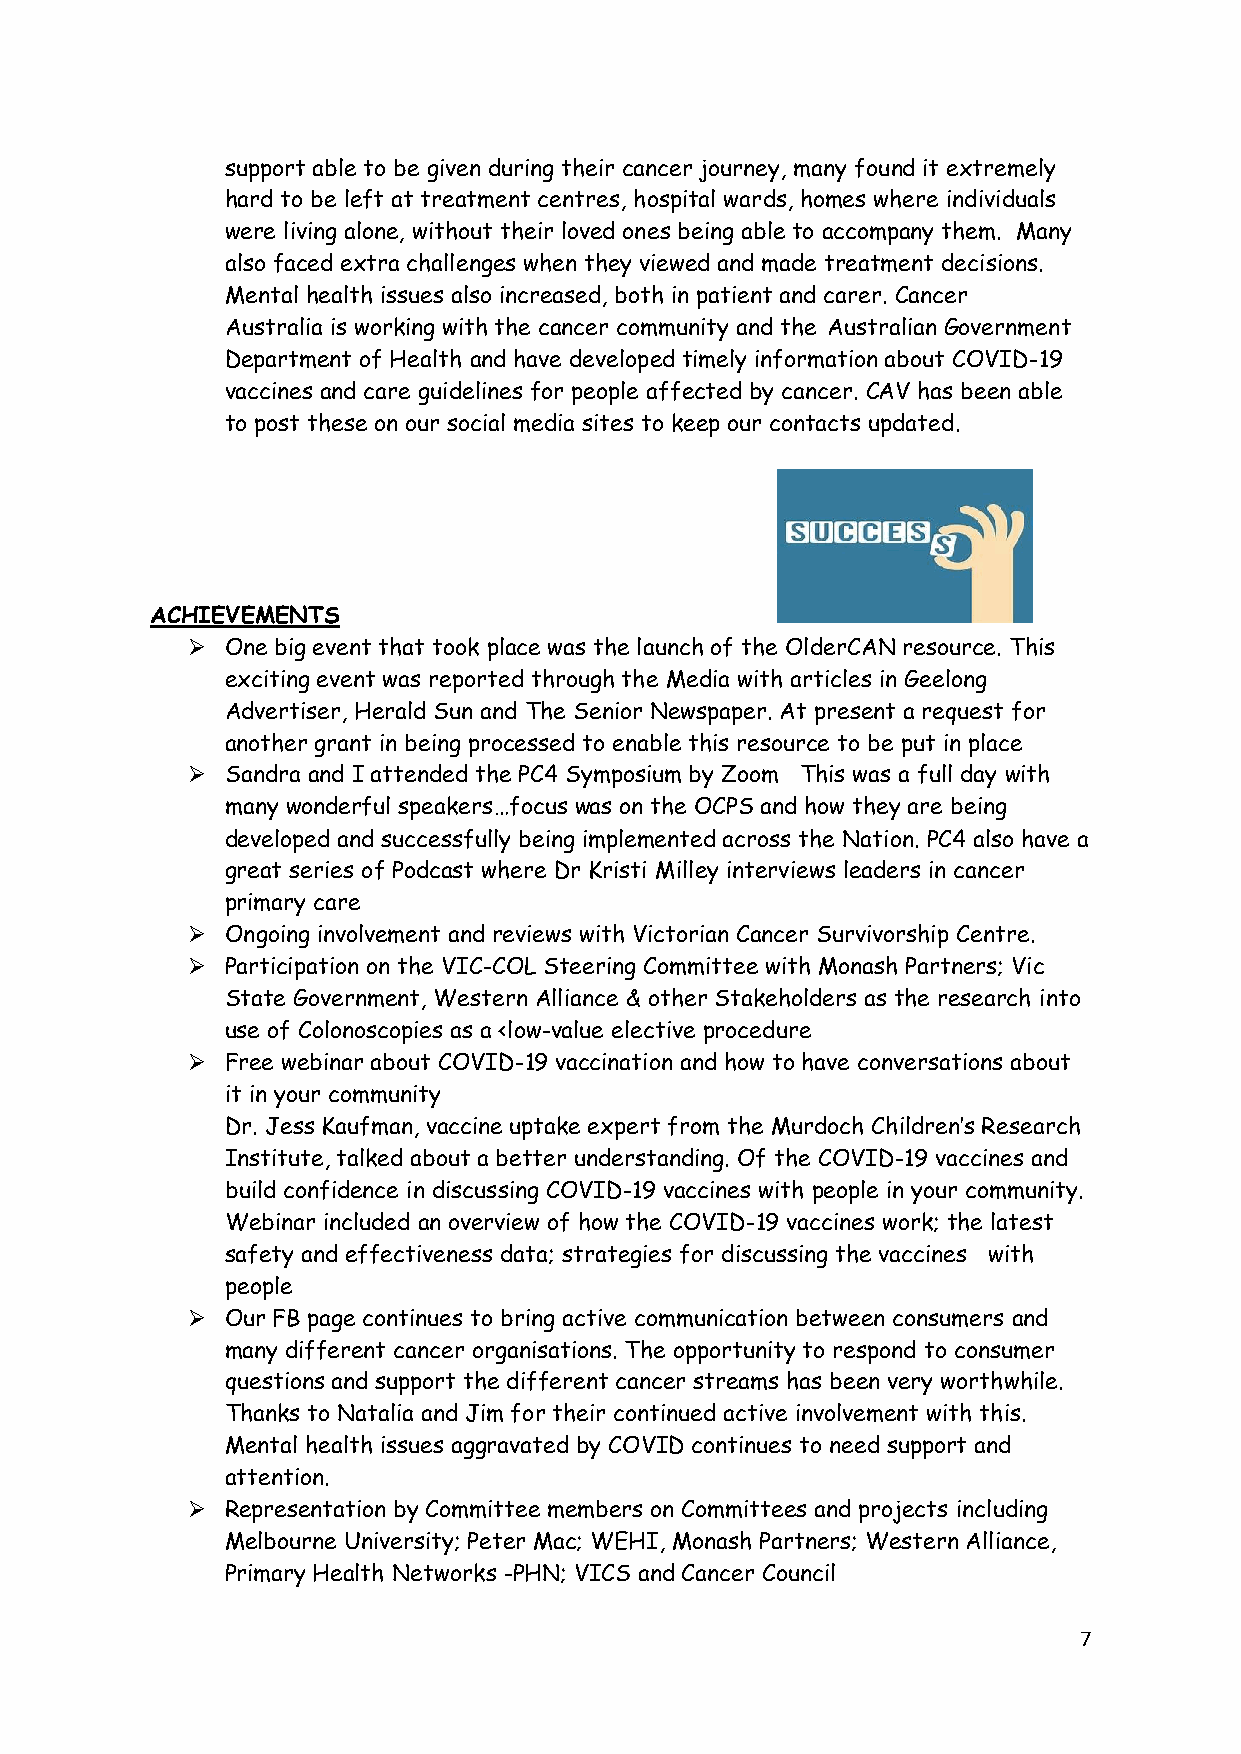
support able to be given during their cancer journey, many found it extremely
 hard to be left at treatment centres, hospital wards, homes where individuals
 were living alone, without their loved ones being able to accompany them. Many
 also faced extra challenges when they viewed and made treatment decisions.
 Mental health issues also increased, both in patient and carer. Cancer
 Australia is working with the cancer community and the Australian Government
 Department of Health and have developed timely information about COVID-19
 vaccines and care guidelines for people affected by cancer. CAV has been able
 to post these on our social media sites to keep our contacts updated.
 ACHIEVEMENTS
 ➢  One big event that took place was the launch of the OlderCAN resource. This
 exciting event was reported through the Media with articles in Geelong
 Advertiser, Herald Sun and The Senior Newspaper. At present a request for
 another grant in being processed to enable this resource to be put in place
 ➢  Sandra and I attended the PC4 Symposium by Zoom This was a full day with
 many wonderful speakers…focus was on the OCPS and how they are being
 developed and successfully being implemented across the Nation. PC4 also have a
 great series of Podcast where Dr Kristi Milley interviews leaders in cancer
 primary care
 ➢  Ongoing involvement and reviews with Victorian Cancer Survivorship Centre.
 ➢  Participation on the VIC-COL Steering Committee with Monash Partners; Vic
 State Government, Western Alliance & other Stakeholders as the research into
 use of Colonoscopies as a <low-value elective procedure
 ➢  Free webinar about COVID-19 vaccination and how to have conversations about
 it in your community
 Dr. Jess Kaufman, vaccine uptake expert from the Murdoch Children’s Research
 Institute, talked about a better understanding. Of the COVID-19 vaccines and
 build confidence in discussing COVID-19 vaccines with people in your community.
 Webinar included an overview of how the COVID-19 vaccines work; the latest
 safety and effectiveness data; strategies for discussing the vaccines with
 people
 ➢  Our FB page continues to bring active communication between consumers and
 many different cancer organisations. The opportunity to respond to consumer
 questions and support the different cancer streams has been very worthwhile.
 Thanks to Natalia and Jim for their continued active involvement with this.
 Mental health issues aggravated by COVID continues to need support and
 attention.
 ➢  Representation by Committee members on Committees and projects including
 Melbourne University; Peter Mac; WEHI, Monash Partners; Western Alliance,
 Primary Health Networks -PHN; VICS and Cancer Council
 7